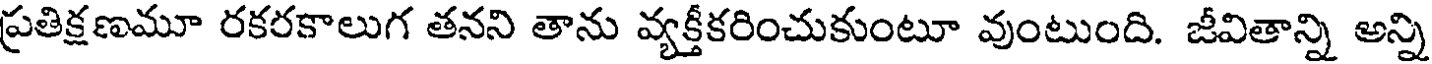
ప్రతిక్షణమూ రకరకాలుగ తనని తాను వ్యక్తీకరించుకుంటూ వుంటుంది. జీవితాన్ని అన్ని